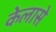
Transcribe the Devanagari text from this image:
केलासे